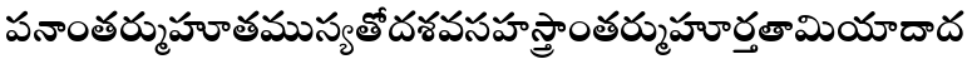
పనాంతర్ముహూతముస్యతోదశవసహస్త్రాంతర్ముహూర్తతామియాదాద